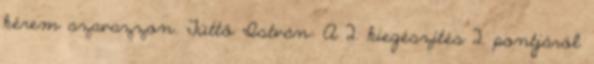
kérem szavazzon. Tüttő István: A 2. kiegészítés 2. pontjáról